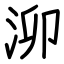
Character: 泖